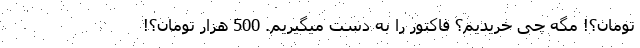
تومان؟! مگه چی خریدیم؟ فاکتور را به دست میگیریم. 500 هزار تومان؟!